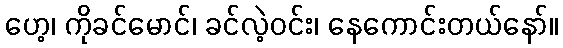
ဟေ့၊ ကိုခင်မောင်၊ ခင်လဲ့ဝင်း၊ နေကောင်းတယ်နော်။